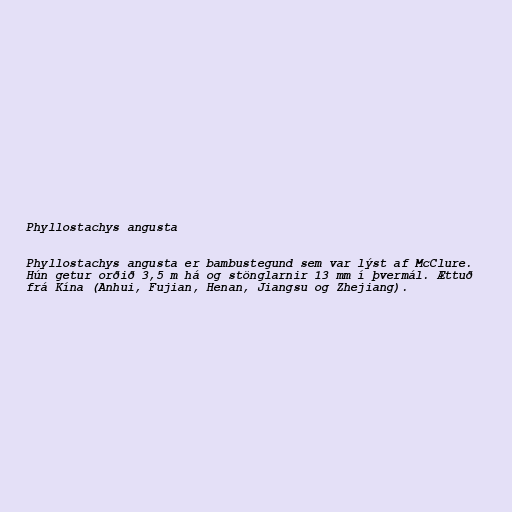
Phyllostachys angusta

Phyllostachys angusta er bambustegund sem var lýst af McClure.
Hún getur orðið 3,5 m há og stönglarnir 13 mm í þvermál. Ættuð
frá Kína (Anhui, Fujian, Henan, Jiangsu og Zhejiang).